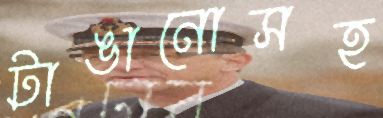
টাঙানোসহ